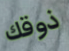
ذوقك